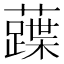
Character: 𧀢